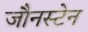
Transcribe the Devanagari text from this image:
जौनस्टेन